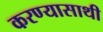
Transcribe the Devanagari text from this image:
करण्यासाथी